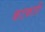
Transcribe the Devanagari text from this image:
कटकारि